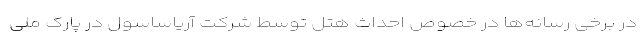
در برخی رسانه‌ها در خصوص احداث هتل توسط شرکت آریاساسول در پارک ملی